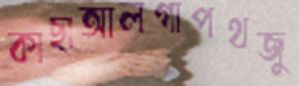
কাছাআলগাপথজু